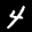
Label: 4